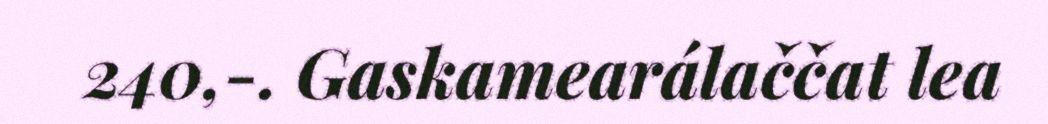
240,-. Gaskamearálaččat lea